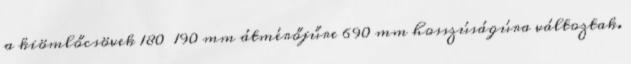
a kiömlőcsövek 180 190 mm átmérőjűre 690 mm hosszúságúra változtak.